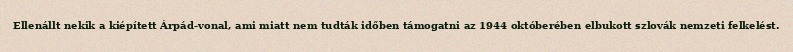
Ellenállt nekik a kiépített Árpád-vonal, ami miatt nem tudták időben támogatni az 1944 októberében elbukott szlovák nemzeti felkelést.